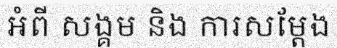
អំពី សង្គម និង ការសម្តែង